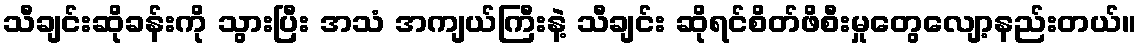
သီချင်းဆိုခန်းကို သွားပြီး အသံ အကျယ်ကြီးနဲ့ သီချင်း ဆိုရင်စိတ်ဖိစီးမှုတွေလျော့နည်းတယ်။